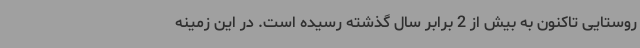
روستایی تاکنون به بیش از 2 برابر سال گذشته رسیده است. در این زمینه